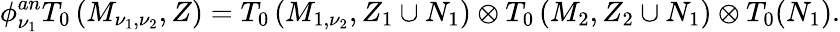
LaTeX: \phi_{\nu_{1}}^{an}T_{0}\left(M_{\nu_{1},\nu_{2}},Z\right)=T_{0}\left(M_{1,\nu_{2}},Z_{1}\cup N_{1}\right)\otimes T_{0}\left(M_{2},Z_{2}\cup N_{1}\right)\otimes T_{0}(N_{1}).